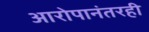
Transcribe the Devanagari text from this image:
आरोपानंतरही